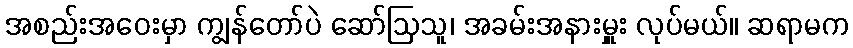
အစည်းအဝေးမှာ ကျွန်တော်ပဲ ဆော်ဩသူ၊ အခမ်းအနားမှူး လုပ်မယ်။ ဆရာမက